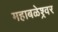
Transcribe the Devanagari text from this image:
महाबळेश्र्वर